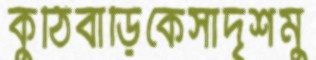
কুঠিবাড়িকেসাদৃশমু